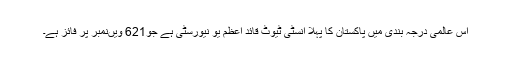
اس عالمی درجہ بندی میں پاکستان کا پہلا انسٹی ٹیوٹ قائد اعظم یو نیورسٹی ہے جو621 ویںنمبر پر فائز ہے۔